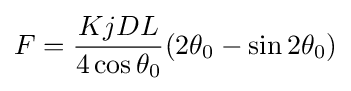
F={\frac {KjDL}{4\cos \theta _{0}}}(2\theta _{0}-\sin 2\theta _{0})